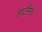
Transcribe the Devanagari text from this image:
हार्टरिज